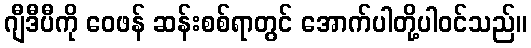
ဂျီဒီပီကို ဝေဖန် ဆန်းစစ်ရာတွင် အောက်ပါတို့ပါဝင်သည်။